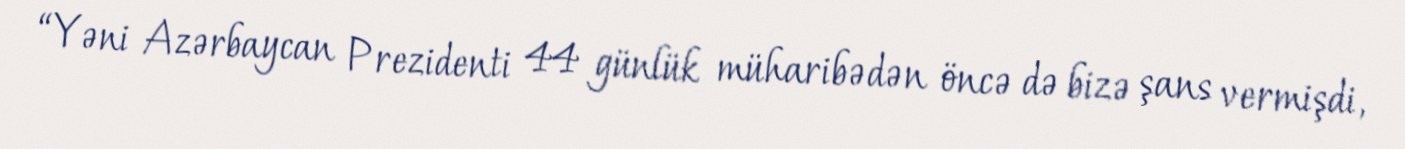
“Yəni Azərbaycan Prezidenti 44 günlük müharibədən öncə də bizə şans vermişdi,